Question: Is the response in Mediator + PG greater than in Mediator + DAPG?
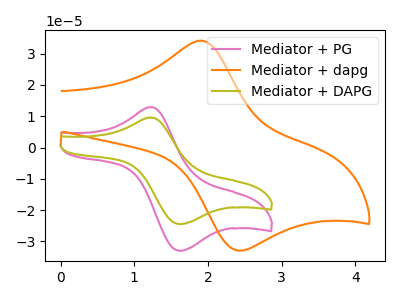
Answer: <think>The pink curve "Mediator + PG" has an anodic peak at (1.25V, 12.95uA) and a cathodic peak at (1.65V, -32.95uA). The orange curve "Mediator + dapg" has an anodic peak at (1.90V, 34.15uA) and a cathodic peak at (2.40V, -32.85uA). The olive curve "Mediator + DAPG" has an anodic peak at (1.25V, 9.60uA) and a cathodic peak at (1.65V, -24.45uA).
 All the peaks in "Mediator + PG" have a peak in "Mediator + DAPG" at the same potential. Every peak in "Mediator + PG" is higher than every peak in "Mediator + DAPG".</think>
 <answer>"Mediator + PG" has more signal than "Mediator + DAPG".</answer>
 <eval>more_signal</eval>